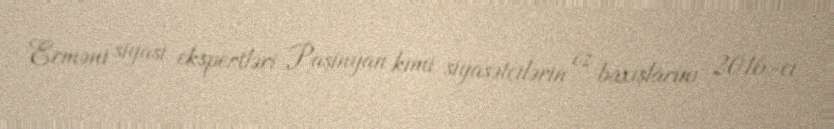
Erməni siyasi ekspertləri Paşinyan kimi siyasətçilərin öz baxışlarını 2016-cı